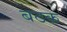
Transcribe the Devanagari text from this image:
बठक